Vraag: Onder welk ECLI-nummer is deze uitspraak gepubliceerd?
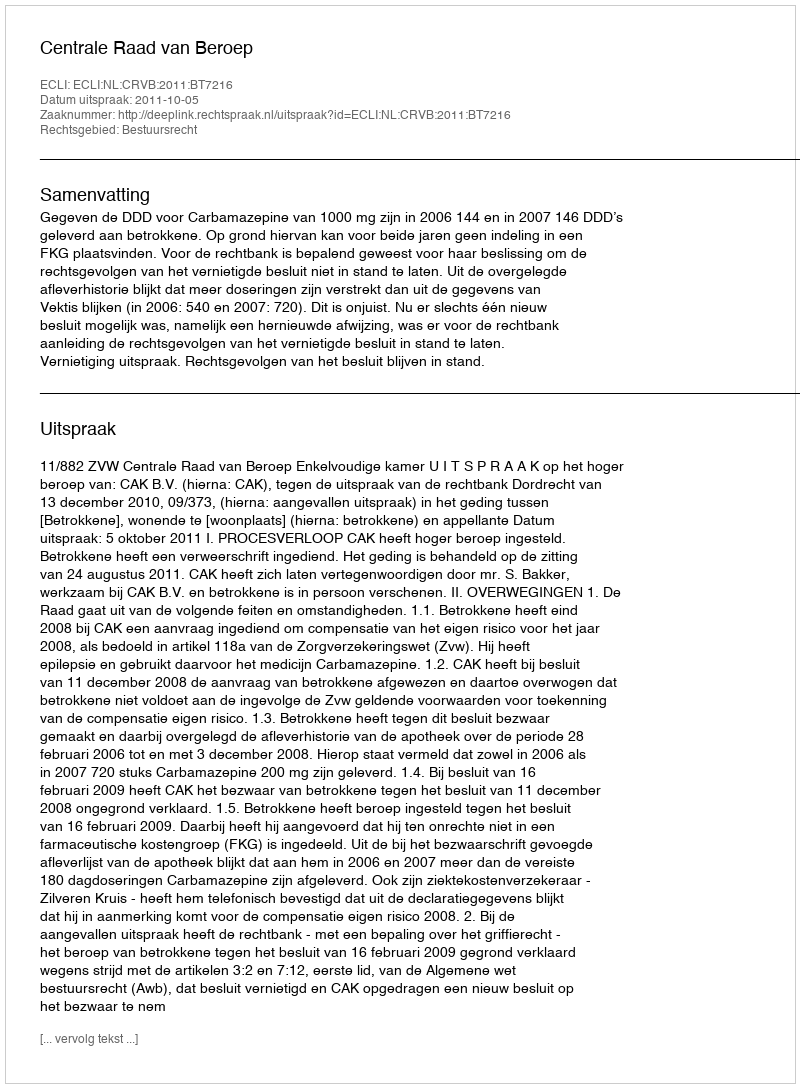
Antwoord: ECLI:NL:CRVB:2011:BT7216